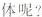
体呢?